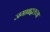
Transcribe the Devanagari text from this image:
जगाबद्दलच्या